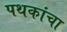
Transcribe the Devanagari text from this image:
पथकांचा